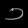
Digit: ၁